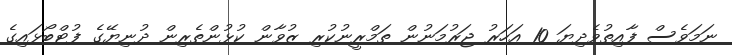
ނަމަވެސް ފާއިތުވެދިޔަ 10 އަހަރު ޖަރުމަނުން ތަމްރީނުކުރި ޒުވާން ކުޅުންތެރިން ދުނިޔޭގެ ފުޓްބޯޅައިގެ